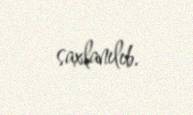
saxlanılıb.